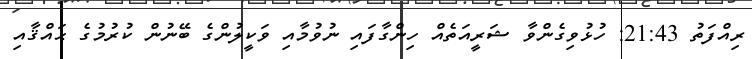
ރިއްފަތު 21:43: ހުޅުވިގެންވާ ޝަރީއަތެއް ހިންގާފައި ނުވުމާއި ވަކީލުންގެ ބޭނުން ކުރުމުގެ ޙައްޤާއި